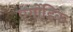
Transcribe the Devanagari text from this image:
एर्गोडिक